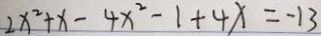
2 x ^ { 2 } + x - 4 x ^ { 2 } - 1 + 4 x = - 1 3